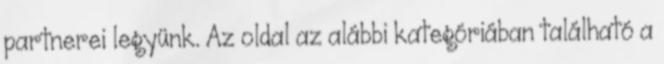
partnerei legyünk. Az oldal az alábbi kategóriában található a